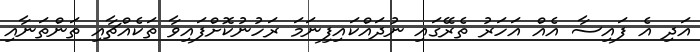
އަދި އެ ފައިސާ އެއް އަހަރު ތެރޭގައި ނުދައްކައިފިނަމަ ރަހުނުކޮށްފައިވާ ތަކެއްޗާއި ތަންތަނާއި